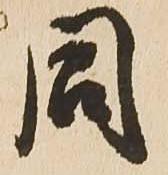
同